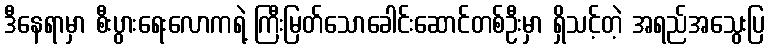
ဒီနေရာမှာ စီးပွားရေးလောကရဲ့ ကြီးမြတ်သောခေါင်းဆောင်တစ်ဦးမှာ ရှိသင့်တဲ့ အရည်အသွေးပြ